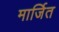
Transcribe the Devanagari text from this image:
मार्जित